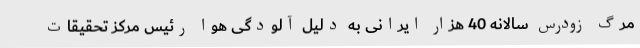
مرگ زودرس سالانه 40 هزار ایرانی به دلیل آلودگی هوا رئیس مرکز تحقیقات